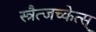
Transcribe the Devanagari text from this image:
स्त्रैत्जच्केत्स्